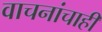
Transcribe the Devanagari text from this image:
वाचनांचाही